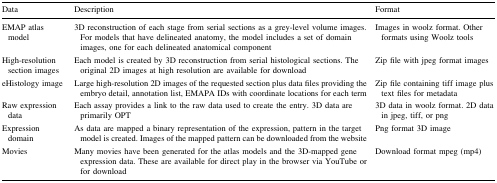
| Data | Description | Format |
 | --- | --- | --- |
 | EMAP atlas model | 3D reconstruction of each stage from serial sections as a grey-level volume images. For models that have delineated anatomy, the model includes a set of domain images, one for each delineated anatomical component | Images in woolz format. Other formats using Woolz tools |
 | High-resolution section images | Each model is created by 3D reconstruction from serial histological sections. The original 2D images at high resolution are available for download | Zip file with jpeg format images |
 | eHistology image | Large high-resolution 2D images of the requested section plus data files providing the embryo detail, annotation list, EMAPA IDs with coordinate locations for each term | Zip file containing tiff image plus text files for metadata |
 | Raw expression data | Each assay provides a link to the raw data used to create the entry. 3D data are primarily OPT | 3D data in woolz format. 2D data in jpeg, tiff, or png |
 | Expression domain | As data are mapped a binary representation of the expression, pattern in the target model is created. Images of the mapped pattern can be downloaded from the website | Png format 3D image |
 | Movies | Many movies have been generated for the atlas models and the 3D-mapped gene expression data. These are available for direct play in the browser via YouTube or for download | Download format mpeg (mp4) |